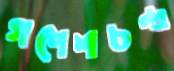
গণেশচন্দ্র